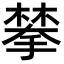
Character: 𫽷